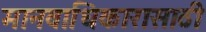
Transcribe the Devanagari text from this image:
मानवाधिकारासाठी